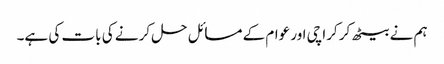
ہم نے بیٹھ کر کراچی اور عوام کے مسائل حل کرنے کی بات کی ہے۔